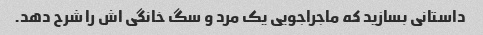
داستانی بسازید که ماجراجویی یک مرد و سگ خانگی اش را شرح دهد.